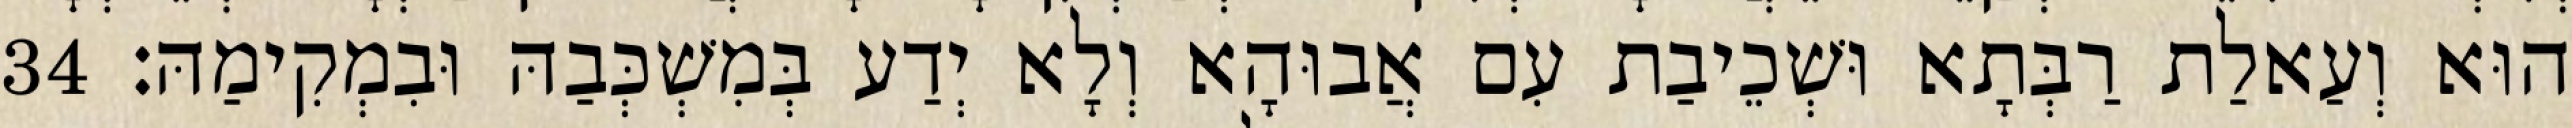
הוּא וְעַאלַת רַבְּתָא וּשְׁכֵיבַת עִם אֲבוּהָא וְלָא יְדַע בְּמִשְׁכְּבַהּ וּבִמְקִימַהּ׃ 34